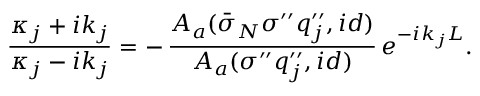
\frac { \kappa _ { j } + i k _ { j } } { \kappa _ { j } - i k _ { j } } = - \, \frac { A _ { a } ( \bar { \sigma } _ { N } \sigma ^ { \prime \prime } q _ { j } ^ { \prime \prime } , i d ) } { A _ { a } ( \sigma ^ { \prime \prime } q _ { j } ^ { \prime \prime } , i d ) } \, e ^ { - i k _ { j } L } .